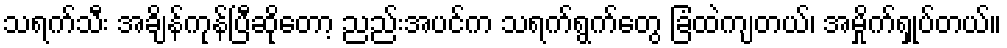
သရက်သီး အချိန်ကုန်ပြီဆိုတော့ ညည်းအပင်က သရက်ရွက်တွေ ခြံထဲကျတယ်၊ အမှိုက်ရှုပ်တယ်။